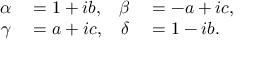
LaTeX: \begin{array} { r l r l } { \alpha } & { { } = 1 + i b , } & { \beta } & { { } = - a + i c , } \\ { \gamma } & { { } = a + i c , } & { \delta } & { { } = 1 - i b . } \end{array}